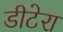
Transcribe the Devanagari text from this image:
डीटेरा